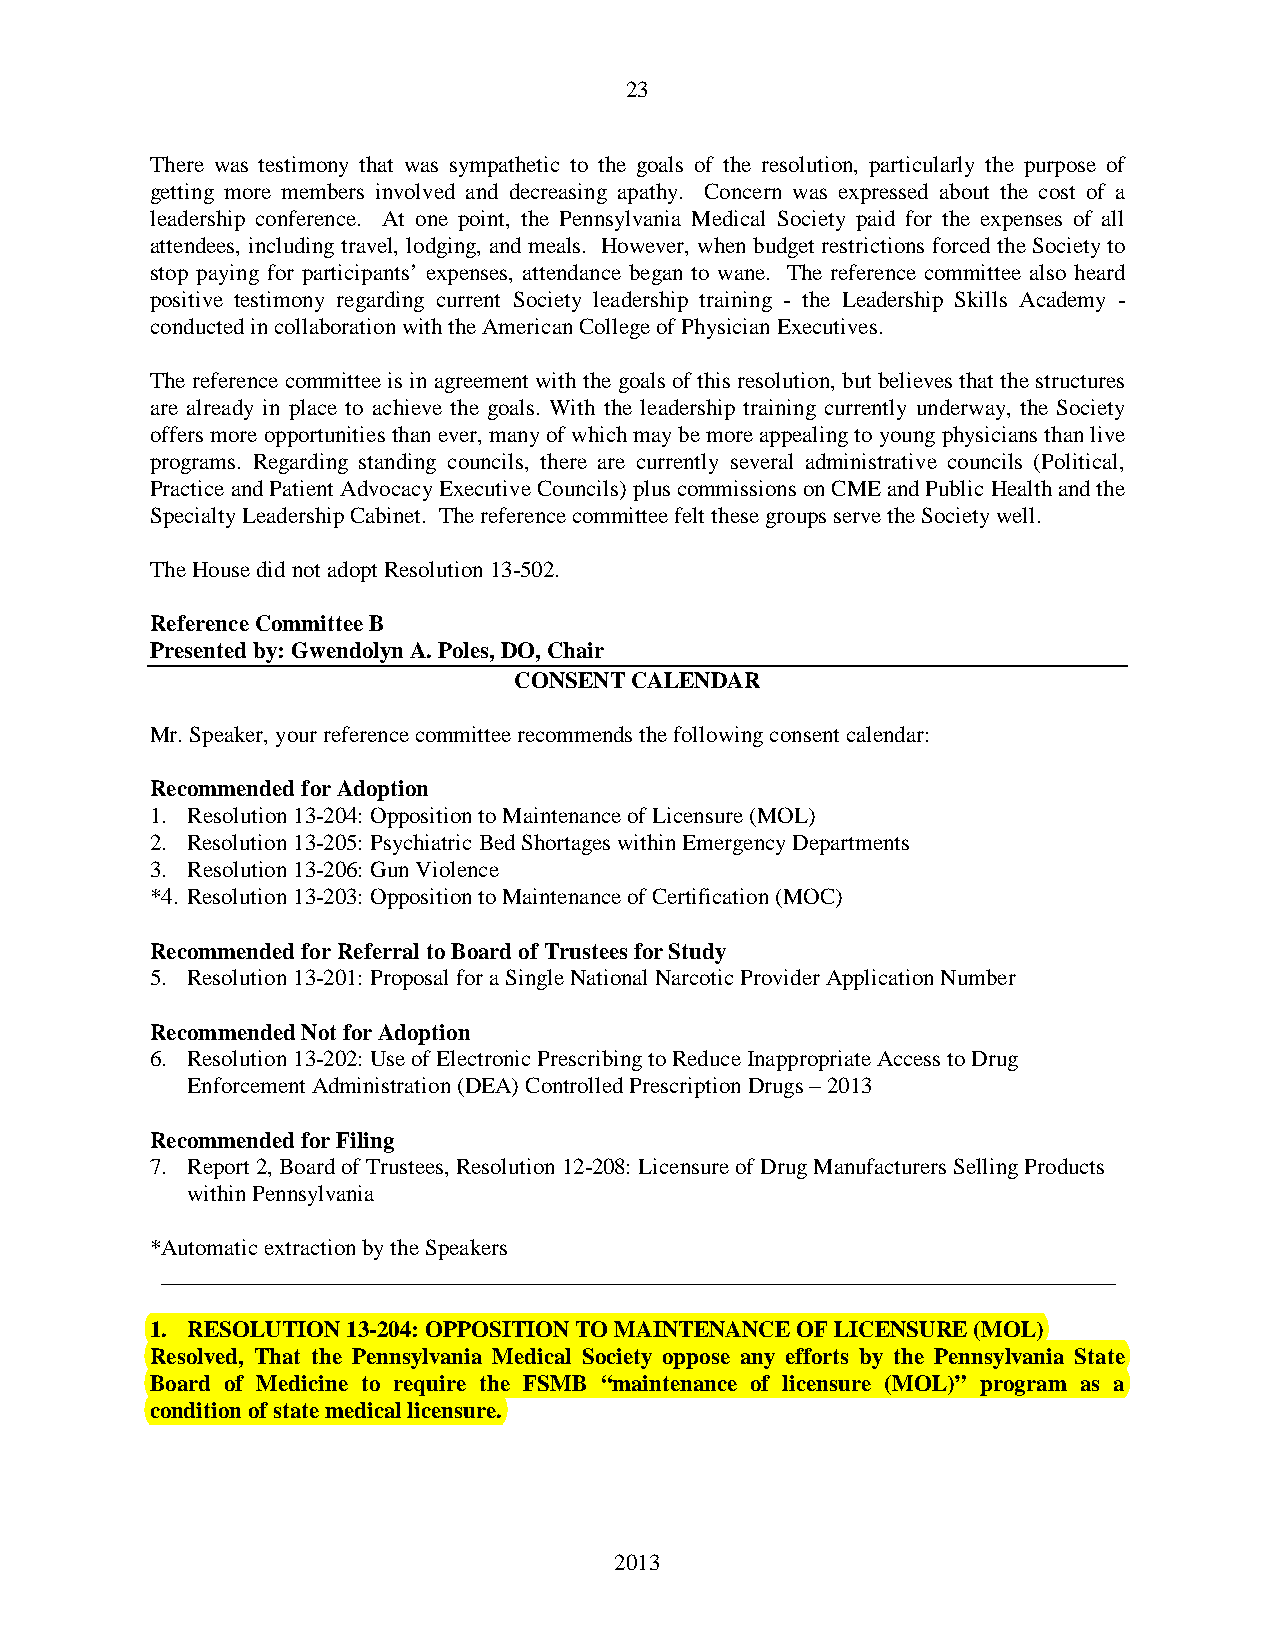
23
 There was testimony that was sympathetic to the goals of the resolution, particularly the purpose of
 getting more members involved and decreasing apathy. Concern was expressed about the cost of a
 leadership conference. At one point, the Pennsylvania Medical Society paid for the expenses of all
 attendees, including travel, lodging, and meals. However, when budget restrictions forced the Society to
 stop paying for participants’ expenses, attendance began to wane. The reference committee also heard
 positive testimony regarding current Society leadership training - the Leadership Skills Academy -
 conducted in collaboration with the American College of Physician Executives.
 The reference committee is in agreement with the goals of this resolution, but believes that the structures
 are already in place to achieve the goals. With the leadership training currently underway, the Society
 offers more opportunities than ever, many of which may be more appealing to young physicians than live
 programs. Regarding standing councils, there are currently several administrative councils (Political,
 Practice and Patient Advocacy Executive Councils) plus commissions on CME and Public Health and the
 Specialty Leadership Cabinet. The reference committee felt these groups serve the Society well.
 The House did not adopt Resolution 13-502.
 Reference Committee B
 Presented by: Gwendolyn A. Poles, DO, Chair
 CONSENT CALENDAR
 Mr. Speaker, your reference committee recommends the following consent calendar:
 Recommended for Adoption
 1. Resolution 13-204: Opposition to Maintenance of Licensure (MOL)
 2. Resolution 13-205: Psychiatric Bed Shortages within Emergency Departments
 3. Resolution 13-206: Gun Violence
 *4. Resolution 13-203: Opposition to Maintenance of Certification (MOC)
 Recommended for Referral to Board of Trustees for Study
 5. Resolution 13-201: Proposal for a Single National Narcotic Provider Application Number
 Recommended Not for Adoption
 6. Resolution 13-202: Use of Electronic Prescribing to Reduce Inappropriate Access to Drug
 Enforcement Administration (DEA) Controlled Prescription Drugs – 2013
 Recommended for Filing
 7. Report 2, Board of Trustees, Resolution 12-208: Licensure of Drug Manufacturers Selling Products
 within Pennsylvania
 *Automatic extraction by the Speakers
 ___________________________________________________________________________________
 1. RESOLUTION 13-204: OPPOSITION TO MAINTENANCE OF LICENSURE (MOL)
 Resolved, That the Pennsylvania Medical Society oppose any efforts by the Pennsylvania State
 Board of Medicine to require the FSMB “maintenance of licensure (MOL)” program as a
 condition of state medical licensure.
 2013